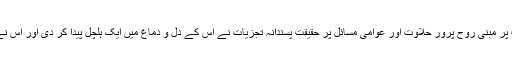
ان خطابات میں اللہ اور اس کے رسول صلی اللہ علیہ والہ وسلم کی محبت و اِطاعت پر مبنی روح پرور حلاوت اور عوامی مسائل پر حقیقت پسندانہ تجزیات نے اُس کے دل و دماغ میں ایک ہلچل پیدا کر دی اور اُس نے اِس مردِ حق کا دست و بازو بن کر اِنقلابی جد و جہد میں شرکت کا فیصلہ کر لیا۔